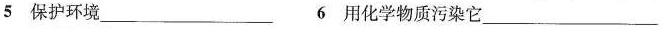
5 保护环境\underline 6 用化学物质污染它\underline